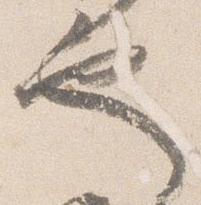
也